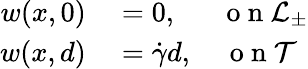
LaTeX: \begin{array}{rl}{w(x,0)}&{{}=0,\quad\; \, \mathrm{~o~n~}{\cal L}_{\pm}}\\ {w(x,d)}&{{}=\dot{\gamma}d,\quad\mathrm{~o~n~}{\cal T}}\end{array}